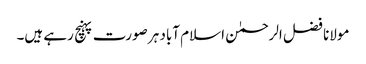
مولانا فضل الرحمٰن اسلام آباد ہر صورت پہنچ رہے ہیں۔